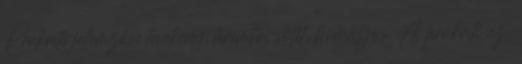
Prakriti jellemzői: tevékeny, teremtő, sötét, homályos. A prákriti az,